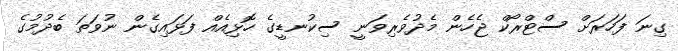
ގިނަ ފަހަރަށް ސްޓްރޯކް ޖެހެން މެދުވެރިވަނީ ސިކުނޑީގެ ހޮޅިއެއް ފަޅައިގެން ނުވަތަ ބެދުމުގެ